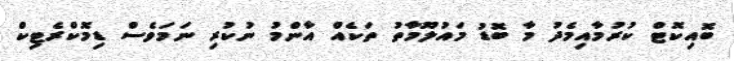
ބޮއިކޮޓް ކުރުމާއިމެދު މާ ބޮޑު މައުލޫމާތު ތަކެއް އާންމު ނުކުރި ނަމަވެސް ޑިމޮކްރެޓިކް